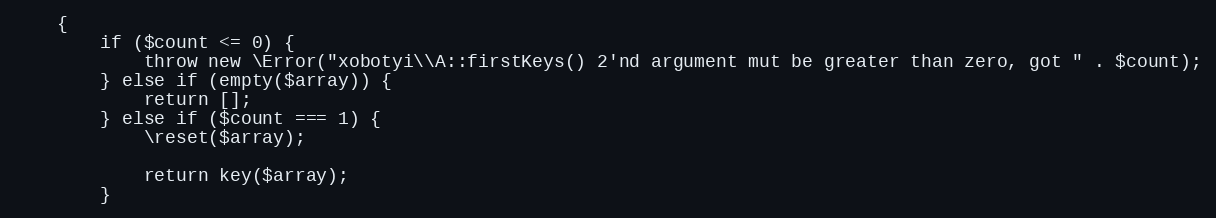
Language: PHP
    {
        if ($count <= 0) {
            throw new \Error("xobotyi\\A::firstKeys() 2'nd argument mut be greater than zero, got " . $count);
        } else if (empty($array)) {
            return [];
        } else if ($count === 1) {
            \reset($array);

            return key($array);
        }